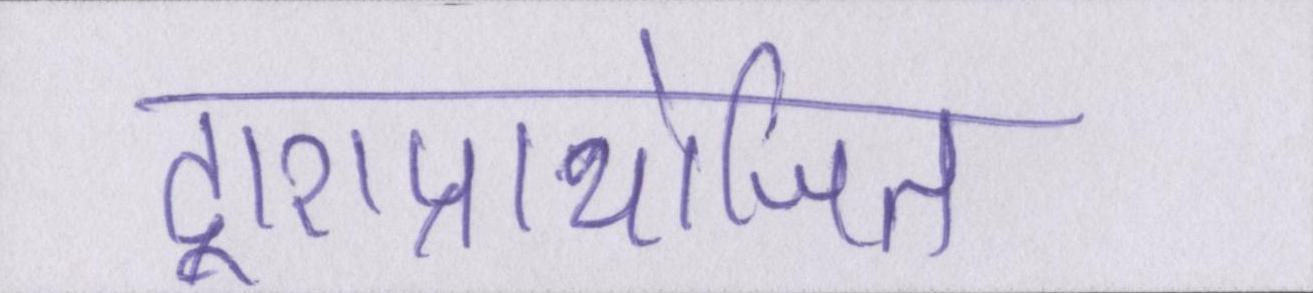
द्वाराप्रायोजित